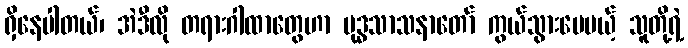
ရှိနေပါတယ်၊ အဲဒီလို တရားဂါထာတွေဟာ ဗုဒ္ဓသာသနာတော် ကွယ်သွားပေမယ့် သူတို့ရဲ့